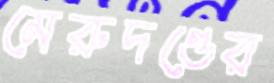
মেরুদণ্ডের